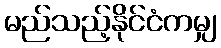
မည်သည့်နိုင်ငံကမျှ